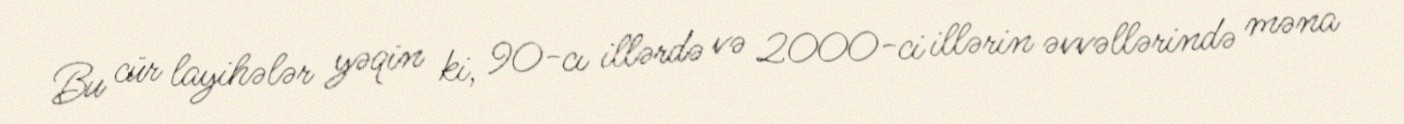
Bu cür layihələr yəqin ki, 90-cı illərdə və 2000-ci illərin əvvəllərində məna